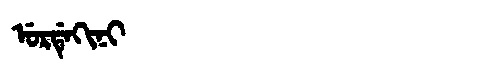
Manchu: ᡠᡵᡩᡝᡴᡳᠨᡳ
Romanization: URDEKINI